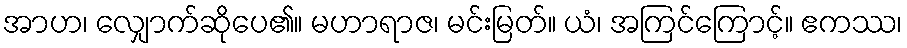
အာဟ၊ လျှောက်ဆိုပေ၏။ မဟာရာဇ၊ မင်းမြတ်။ ယံ၊ အကြင်ကြောင့်။ ဧကဿ၊